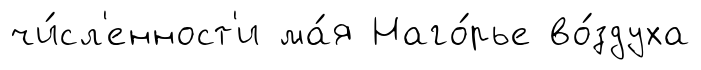
чи́сл'енност'и ма́я Наго́рье во́здуха